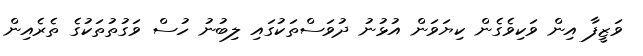
ވަޒީފާ އިން ވަކިވެގެން ކިޔަވަން އުޅުނު ދުވަސްތަކުގައި ލިބުނު ހުސް ވަގުތުތަކުގެ ތެރެއިން